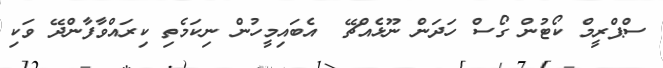
ސްޕްރީމް ކޯޓުން ގޯސް ހަދަން ނޫޅެއްޗޭ  އެބައިމީހުން ނިކަމެތި ކިރައްވާފާންދޭ ވަކި